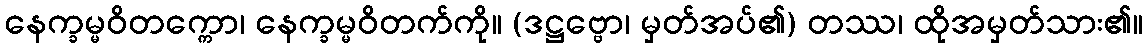
နေက္ခမ္မဝိတက္ကော၊ နေက္ခမ္မဝိတက်ကို။ (ဒဋ္ဌဗ္ဗော၊ မှတ်အပ်၏) တဿ၊ ထိုအမှတ်သား၏။